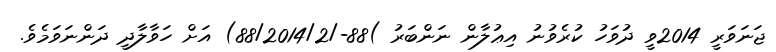
ޖަނަވަރީ 2014ވީ ދުވަހު ކުރެވުނު އިޢުލާން ނަންބަރު )88-/88/2014/2) އަށް ހަވާލާދީ ދަންނަވަމެވެ.